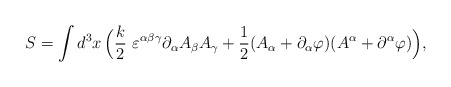
\begin{align*}S = \int d^{3}x \,\Big ( \frac k2\,\,\varepsilon^{\alpha\beta\gamma}\partial_{\alpha}A_{\beta}A_{\gamma}+ \frac 12(A_{\alpha}+\partial_{\alpha}\varphi)(A^{\alpha}+\partial^{\alpha}\varphi)\Big) ,\end{align*}